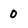
Character: 0